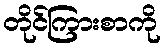
တိုင်ကြားစာကို